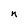
Character: n